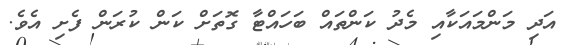
އަދި މަންމައަކާއި މެދު ކަންތައް ބަހައްޓާ ގޮތަށް ކަން ކުރަން ފެށި އެވެ.